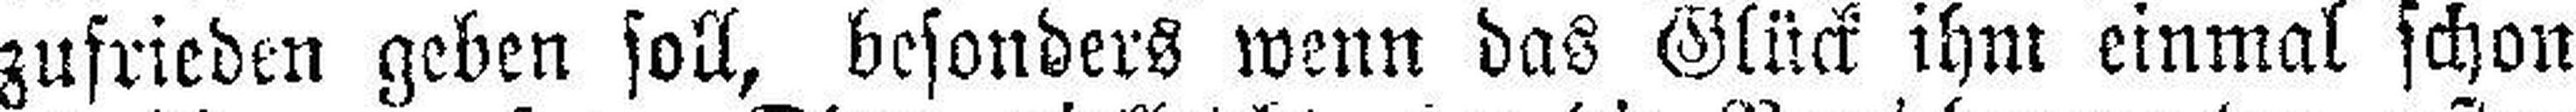
zufrieden geben soll, besonders wenn das Glück ihm einmal schon